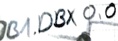
Text: DB1.DBX0.0